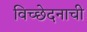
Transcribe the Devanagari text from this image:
विच्छेदनाची